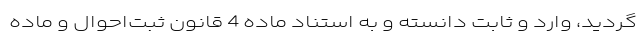
گردید، وارد و ثابت دانسته و به استناد ماده 4 قانون ثبت‌احوال و ماده